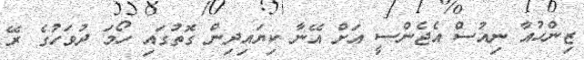
ޒިންހުއާ ނިއުސް އެޖެންސީ އަށް އޭނާ ކިޔައިދިން ގޮތުގައި ހޯމަ ދުވަހުގެ ރޭ